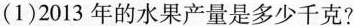
（1）2013年的水果产量是多少千克？